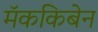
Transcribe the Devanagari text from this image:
मॅककिबेन